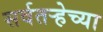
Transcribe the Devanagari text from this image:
सर्वतऱ्हेच्या